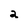
Character: a